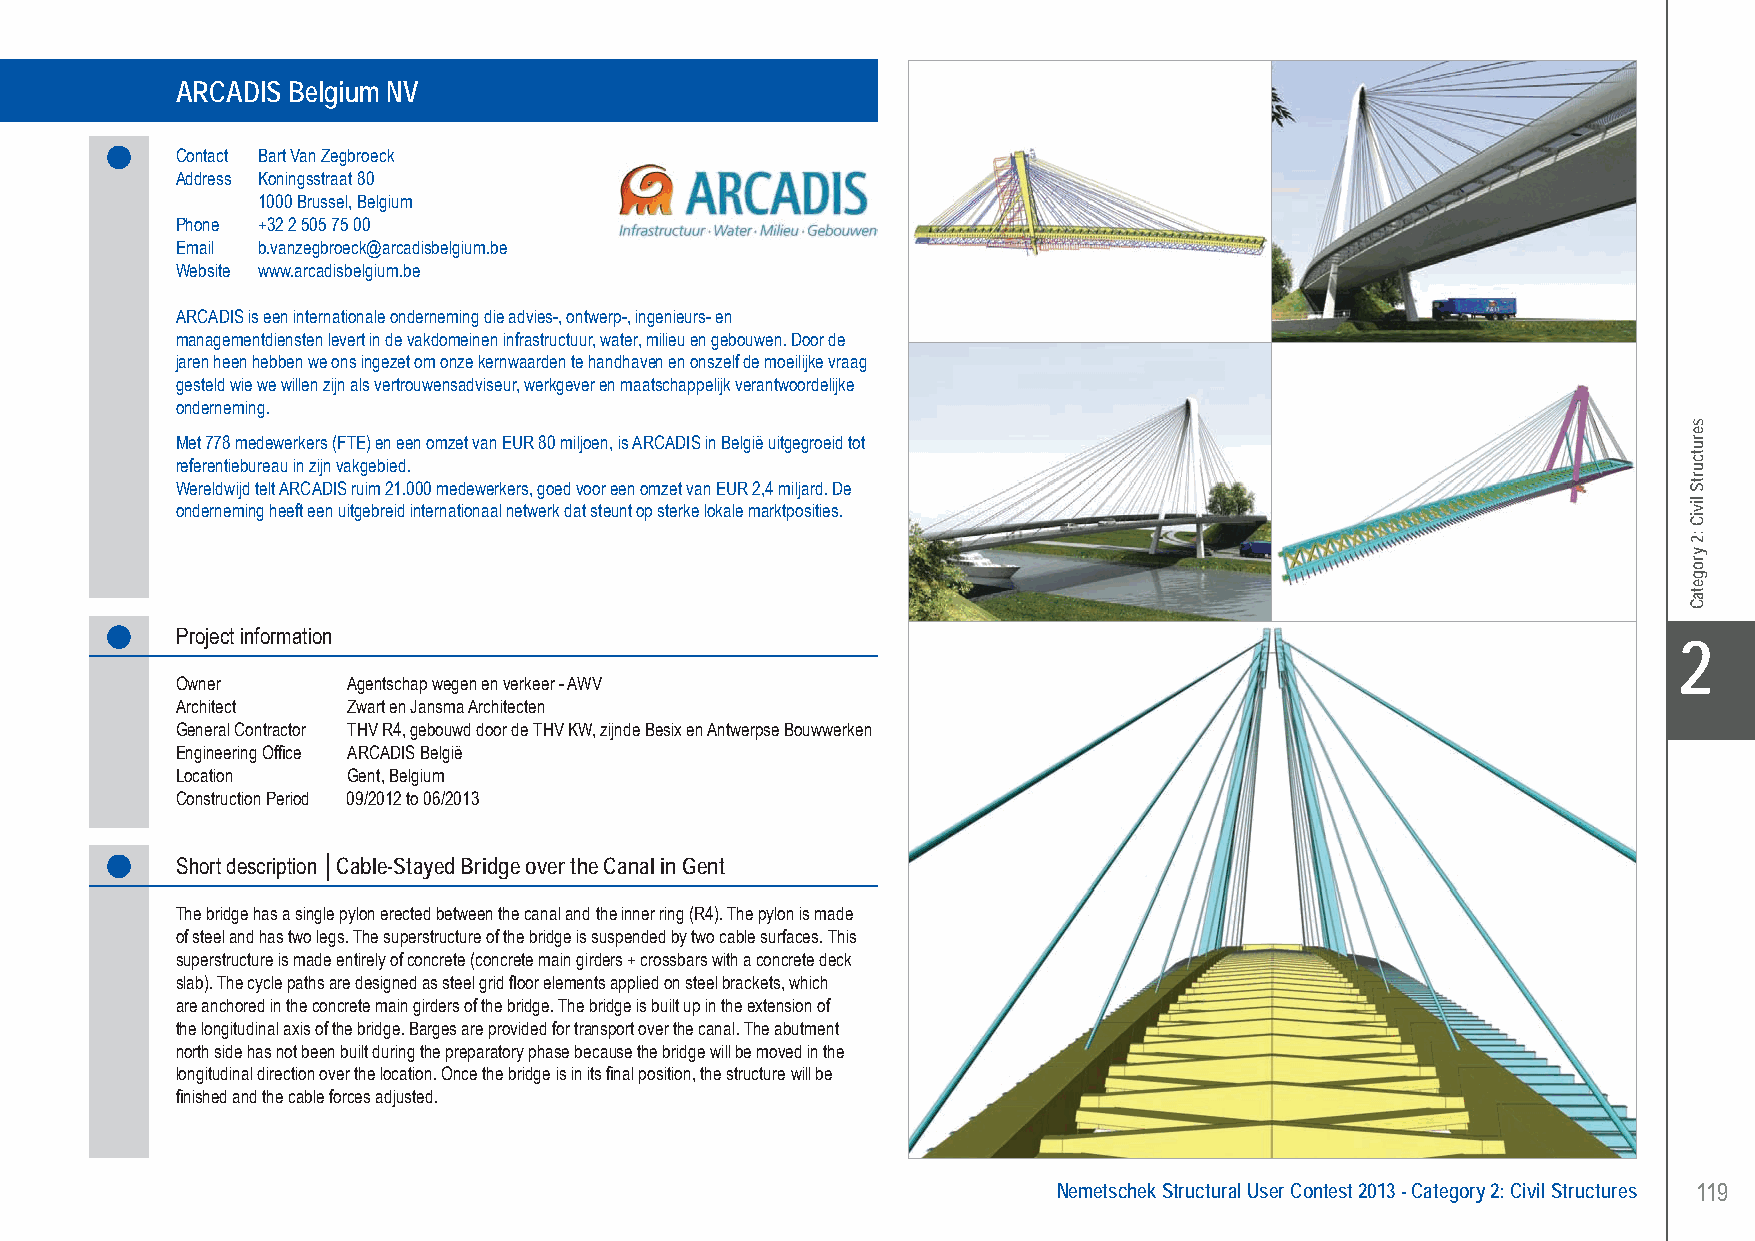
ARCADIS Belgium NV.. Cable-Stayed Bridge over the Canal - Gent, Belgium
 ARCADIS Belgium NV
 Contact Bart Van Zegbroeck
 Address Koningsstraat 80
 1000 Brussel, Belgium
 Phone +32 2 505 75 00
 Email b.vanzegbroeck@arcadisbelgium.be
 Website www.arcadisbelgium.be
 ARCADIS is een internationale onderneming die advies-, ontwerp-, ingenieurs- en
 managementdiensten levert in de vakdomeinen infrastructuur, water, milieu en gebouwen. Door de
 jaren heen hebben we ons ingezet om onze kernwaarden te handhaven en onszelf de moeilijke vraag
 gesteld wie we willen zijn als vertrouwensadviseur, werkgever en maatschappelijk verantwoordelijke
 onderneming.
 Met 778 medewerkers (FTE) en een omzet van EUR 80 miljoen, is ARCADIS in België uitgegroeid tot
 referentiebureau in zijn vakgebied.
 Wereldwijd telt ARCADIS ruim 21.000 medewerkers, goed voor een omzet van EUR 2,4 miljard. De
 onderneming heeft een uitgebreid internationaal netwerk dat steunt op sterke lokale marktposities.
 Project information
 X2
 Owner      Agentschap wegen en verkeer - AWV
 Architect  Zwart en Jansma Architecten
 General Contractor THV R4, gebouwd door de THV KW, zijnde Besix en Antwerpse Bouwwerken
 Engineering Office ARCADIS België
 Location   Gent, Belgium
 Construction Period 09/2012 to 06/2013
 Short description │Cable-Stayed Bridge over the Canal in Gent
 The bridge has a single pylon erected between the canal and the inner ring (R4). The pylon is made
 of steel and has two legs. The superstructure of the bridge is suspended by two cable surfaces. This
 superstructure is made entirely of concrete (concrete main girders + crossbars with a concrete deck
 slab). The cycle paths are designed as steel grid floor elements applied on steel brackets, which
 are anchored in the concrete main girders of the bridge. The bridge is built up in the extension of
 the longitudinal axis of the bridge. Barges are provided for transport over the canal. The abutment
 north side has not been built during the preparatory phase because the bridge will be moved in the
 longitudinal direction over the location. Once the bridge is in its final position, the structure will be
 finished and the cable forces adjusted.
 Nemetschek Structural User Contest 2013 - Category 2: Civil Structures 119
 UC-2013-Book-V8.indd 119                                                                                  7/11/2013 12:24:13 PM
 serutcurtS
 liviC
 :2
 yrogetaC